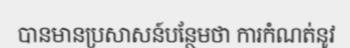
បានមានប្រសាសន៍បន្ថែមថា ការកំណត់នូវ